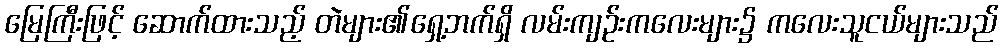
မြေကြီးဖြင့် ဆောက်ထားသည့် တဲများ၏ရှေ့ဘက်ရှိ လမ်းကျဉ်းကလေးများ၌ ကလေးသူငယ်များသည်